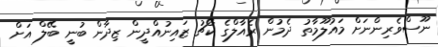
ނޫސްވެރިންނަށް މައުލޫމާތު ދެމުން ރެއާލްގެ ކޯޗު ޒައިނުއްދީން ޒިދާން ބުނީ ބޭލް އަށް